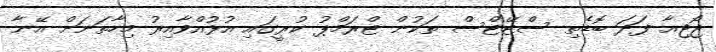
ޖޯޖިއާ ފަދަ ބޮޑެތި ސްޓޭޓްސް ތަކުން ޓްރަމްޕު ކުރީގައި އުޅުއްވާއިރު މިހާތަނަށް އޭނާ